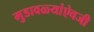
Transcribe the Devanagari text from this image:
मुडावळ्यांऐवजी